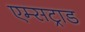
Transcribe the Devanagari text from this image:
एम्सट्राड